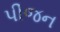
પીજન